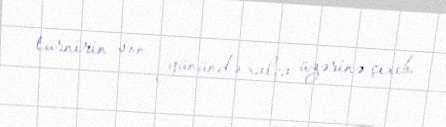
turnirin son günündə xalça üzərinə çıxıb.